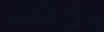
એપિટોપ